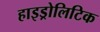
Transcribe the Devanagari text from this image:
हाइड्रोलिटिक